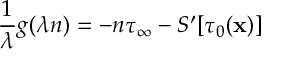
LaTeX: { \frac { 1 } { \lambda } } g ( \lambda n ) = - n \tau _ { \infty } - S ^ { \prime } [ \tau _ { 0 } ( { \bf x } ) ]